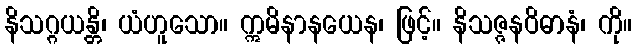
နိသဂ္ဂယန္တိ၊ ယံဟူသော။ ဣမိနာနယေန၊ ဖြင့်။ နိသဇ္ဇနဝိဓာနံ၊ ကို။